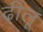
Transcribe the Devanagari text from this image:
ढीलू